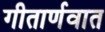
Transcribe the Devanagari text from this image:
गीतार्णवात